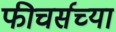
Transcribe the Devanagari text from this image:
फीचर्सच्या